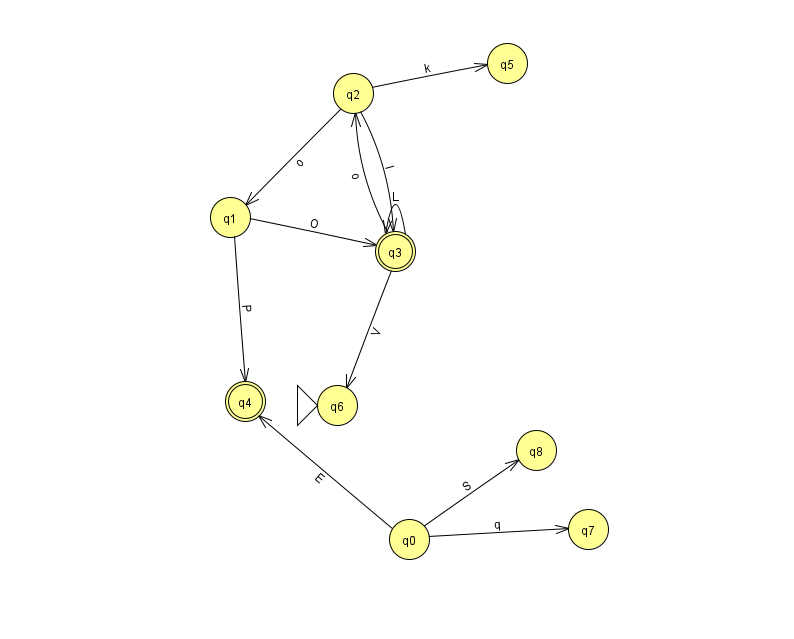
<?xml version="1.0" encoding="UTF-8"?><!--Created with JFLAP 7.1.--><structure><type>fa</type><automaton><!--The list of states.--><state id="0" name="q0"><x>409.0</x><y>526.0</y></state><state id="1" name="q1"><x>230.0</x><y>204.0</y></state><state id="2" name="q2"><x>353.0</x><y>80.0</y></state><state id="3" name="q3"><x>395.0</x><y>238.0</y><final/></state><state id="4" name="q4"><x>245.0</x><y>388.0</y><final/></state><state id="5" name="q5"><x>507.0</x><y>50.0</y></state><state id="6" name="q6"><x>337.0</x><y>392.0</y><initial/></state><state id="7" name="q7"><x>588.0</x><y>516.0</y></state><state id="8" name="q8"><x>536.0</x><y>437.0</y></state><!--The list of transitions.--><transition><from>0</from><to>4</to><read>E</read></transition><transition><from>1</from><to>3</to><read>O</read></transition><transition><from>0</from><to>8</to><read>S</read></transition><transition><from>2</from><to>1</to><read>o</read></transition><transition><from>1</from><to>4</to><read>P</read></transition><transition><from>0</from><to>7</to><read>q</read></transition><transition><from>2</from><to>3</to><read>l</read></transition><transition><from>3</from><to>2</to><read>o</read></transition><transition><from>3</from><to>6</to><read>V</read></transition><transition><from>3</from><to>3</to><read>L</read></transition><transition><from>2</from><to>5</to><read>k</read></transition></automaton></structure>